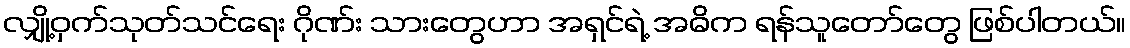
လျှို့ဝှက်သုတ်သင်ရေး ဂိုဏ်း သားတွေဟာ အရှင်ရဲ့ အဓိက ရန်သူတော်တွေ ဖြစ်ပါတယ်။